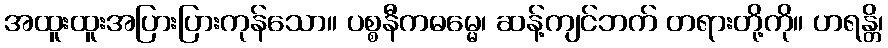
အထူးထူးအပြားပြားကုန်သော။ ပစ္စနီကဓမ္မေ၊ ဆန့်ကျင်ဘက် တရားတို့ကို။ ဟရန္တိ၊